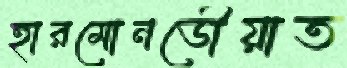
হারমোনডৌয়াত